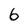
Character: 6